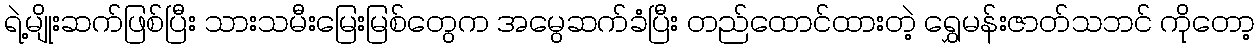
ရဲ့မျိုးဆက်ဖြစ်ပြီး သားသမီးမြေးမြစ်တွေက အမွေဆက်ခံပြီး တည်ထောင်ထားတဲ့ ရွှေမန်းဇာတ်သဘင် ကိုတော့